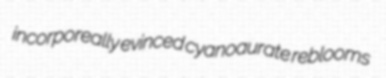
incorporeally evinced cyanoaurate reblooms